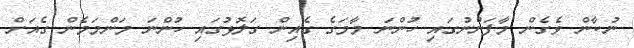
ނުކާން ވެގެން މާފަންނުގައި ހުންނަ މާމަގެ ގެއިން ގަލޮޅުގައި ހުންނަ މަންމަމެން ގެއަށް